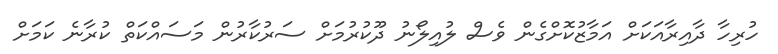
ހުރިހާ ދާއިރާއަކަށް އަމާޒުކޮށްގެން ވެސް ލުއިލޯނު ދޫކުރުމަށް ސަރުކާރުން މަސައްކަތް ކުރާނެ ކަމަށް